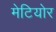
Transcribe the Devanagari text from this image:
मेटियोर